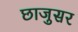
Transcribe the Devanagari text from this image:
छाजुसर